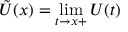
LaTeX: { \tilde { U } } ( x ) = \operatorname* { l i m } _ { t \to x + } U ( t )